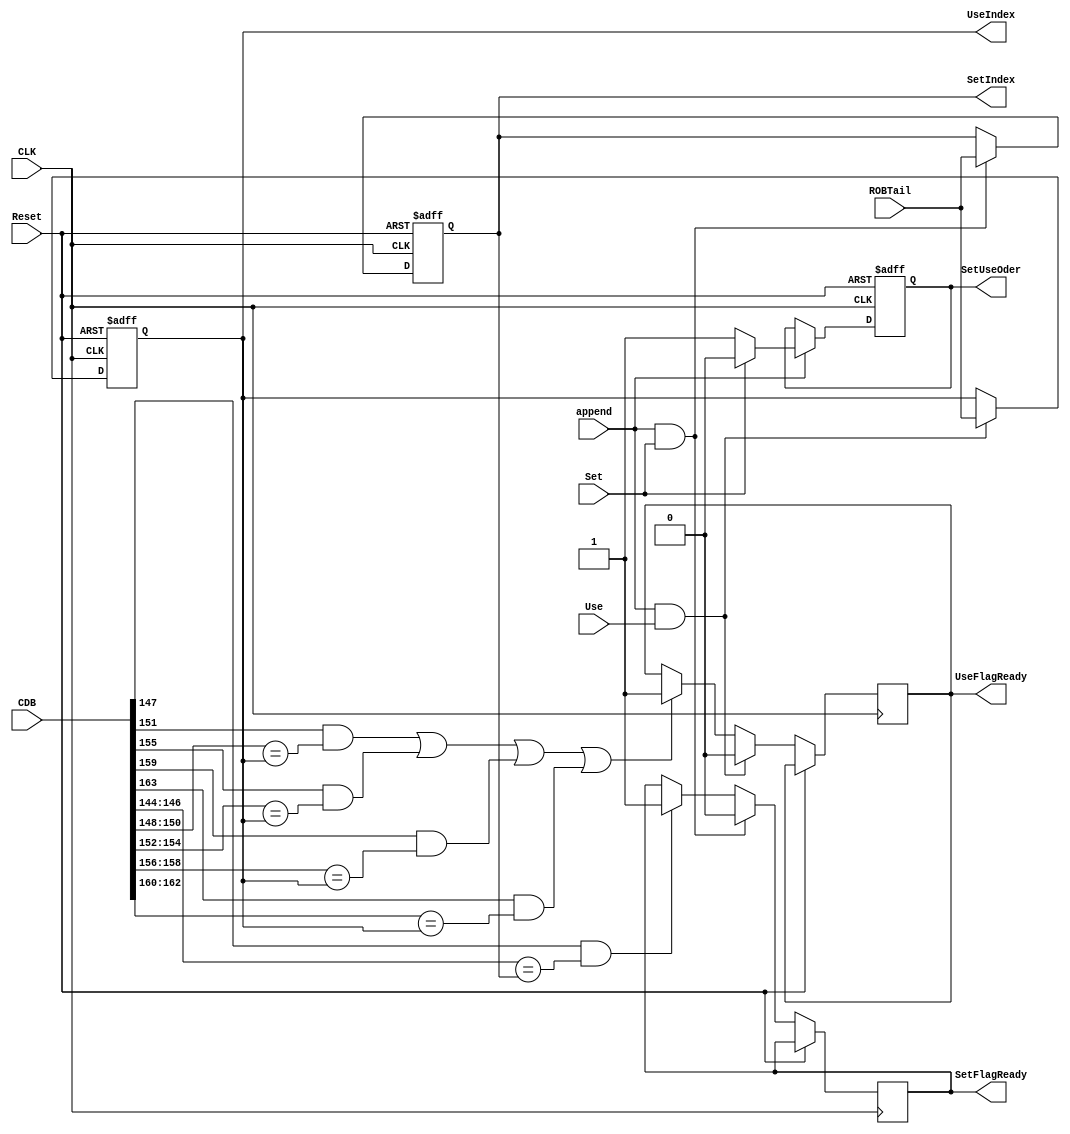
module FlagStatus(
    input CLK,
    input Reset,
    input [163:0] CDB,
    input append,
    input Set,
    input Use,
    input [2:0] ROBTail,
    output reg SetFlagReady,
    output [2:0] SetIndex,
    output reg UseFlagReady,
    output [2:0] UseIndex,
    output reg SetUseOder
);
    always @(posedge CLK, posedge Reset) begin
        if (Reset) begin
            SetUseOder <= 0;
        end
        else if (append) begin
            if (Set) begin
                SetUseOder <= 0;
            end
            else begin
                SetUseOder <= 1;
            end
        end
    end
    reg [2:0] SET_INDEX;

    initial begin
        SET_INDEX = 0;
        SetFlagReady = 1;
    end

    assign SetIndex = SET_INDEX;

    always @(posedge CLK, posedge Reset) begin
        if (Reset) begin
            SET_INDEX <= 0;
        end
        else begin
            if (append & Set) begin
                SET_INDEX <= ROBTail;
                SetFlagReady <= 0;
            end
            else if (CDB[147] & CDB[146:144] == SET_INDEX) begin
                SetFlagReady <= 1;
            end
        end
    end


    reg [2:0] USE_INDEX;

    initial begin
        USE_INDEX = 0;
        UseFlagReady = 1;
    end

    assign UseIndex = USE_INDEX;

    always @(posedge CLK, posedge Reset) begin
        if (Reset) begin
            USE_INDEX <= 0;
        end
        else begin
            if (append & Use) begin
                USE_INDEX <= ROBTail;
                UseFlagReady <= 0;
            end
            else if ((CDB[151] & CDB[150:148] == USE_INDEX)|
                     (CDB[155] & CDB[154:152] == USE_INDEX)|
                     (CDB[159] & CDB[158:156] == USE_INDEX)|
                     (CDB[163] & CDB[162:160] == USE_INDEX)) begin
                UseFlagReady <= 1;
            end
        end
    end
endmodule